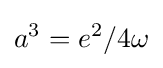
a^{3}=e^{2}/4\omega